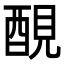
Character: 𨡁